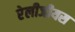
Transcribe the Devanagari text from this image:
रेलीजीयस